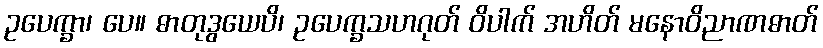
ဥပေက္ခာ၊ ပေ။ ဓာတုဒွယေပိ၊ ဥပေက္ခသဟဂုတ် ဝိပါက် အဟိတ် မနောဝိညာဏဓာတ်